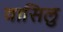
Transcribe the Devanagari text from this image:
वासिलु